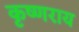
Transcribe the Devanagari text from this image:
कृष्णराय